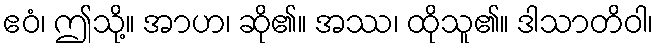
ဧဝံ၊ ဤသို့။ အာဟ၊ ဆို၏။ အဿ၊ ထိုသူ၏။ ဒါသာတိဝါ၊